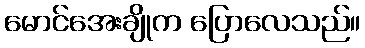
မောင်အေးချိုက ပြောလေသည်။